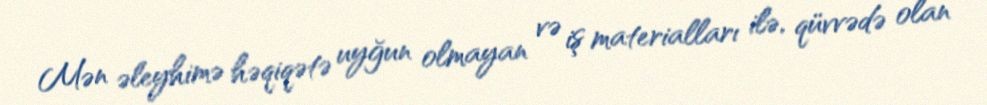
Mən əleyhimə həqiqətə uyğun olmayan və iş materialları ilə, qüvvədə olan